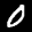
Label: 0